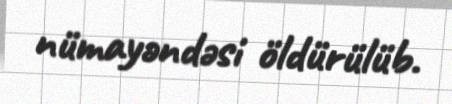
nümayəndəsi öldürülüb.